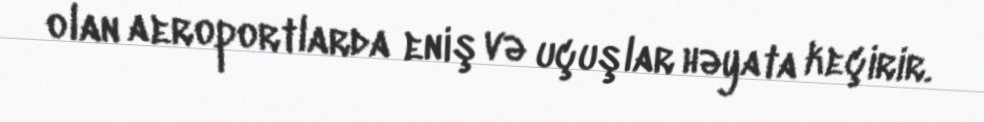
olan aeroportlarda eniş və uçuşlar həyata keçirir.